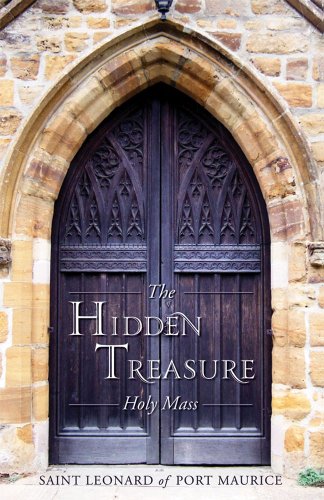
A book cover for The Hidden Treasure: Holy Mass; St. Leonard of Port Maurice; Christian Books & Bibles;